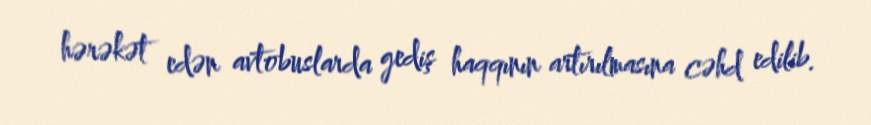
hərəkət edən avtobuslarda gediş haqqının artırılmasına cəhd edilib.